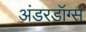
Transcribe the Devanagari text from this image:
अंडरडॉग्स